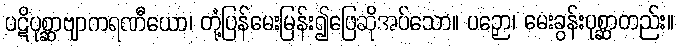
ပဋိပုစ္ဆာဗျာကရဏီယော၊ တုံ့ပြန်မေးမြန်း၍ဖြေဆိုအပ်သော။ ပဉှော၊ မေးခွန်းပုစ္ဆာတည်း။